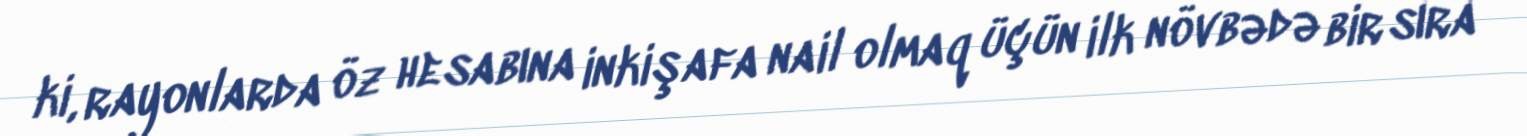
ki, rayonlarda öz hesabına inkişafa nail olmaq üçün ilk növbədə bir sıra